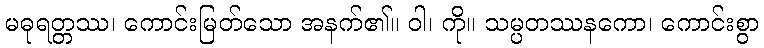
မဓုရတ္တဿ၊ ကောင်းမြတ်သော အနက်၏။ ဝါ၊ ကို။ သမ္ပတဿနကော၊ ကောင်းစွာ